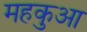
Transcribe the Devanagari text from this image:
महकुआ